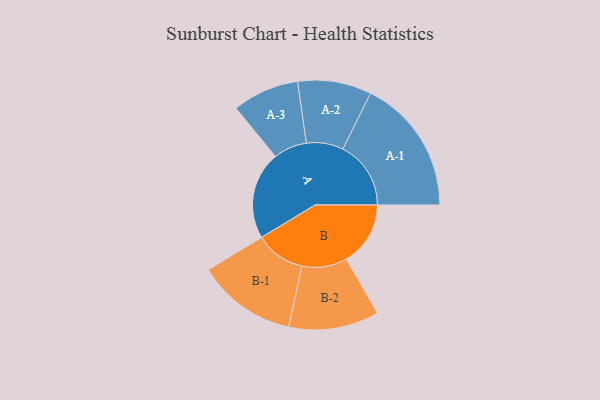
{"axis": {"x": "Segment", "y": "Value"}, "legend": ["", "A", "B"], "data": [{"x": "A", "y": 357, "type": ""}, {"x": "B", "y": 261, "type": ""}, {"x": "A-1", "y": 277, "type": "A"}, {"x": "A-2", "y": 150, "type": "A"}, {"x": "A-3", "y": 136, "type": "A"}, {"x": "B-1", "y": 203, "type": "B"}, {"x": "B-2", "y": 184, "type": "B"}]}